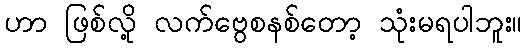
ဟာ ဖြစ်လို့ လက်ဗွေစနစ်တော့ သုံးမရပါဘူး။